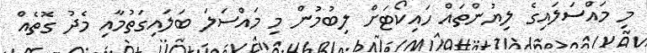
މި މައްސަލައިގެ ލިޔުންތައް ހައިކޯޓަށް ލިބުމުން މި މައްސަލަ ބަލައިގަތުމާއި މެދު ގޮތެއް